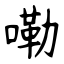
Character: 嘞